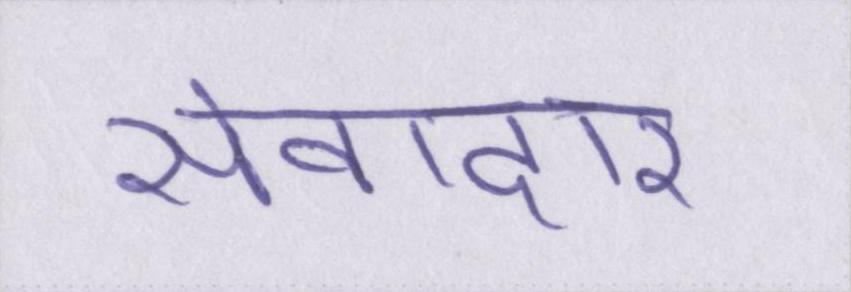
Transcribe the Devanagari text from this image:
सेवादार